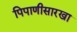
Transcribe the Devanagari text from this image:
पिपाणीसारखा